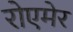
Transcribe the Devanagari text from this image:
रोएमेर